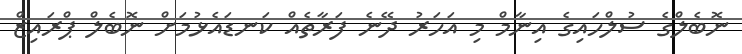
ނޮބެލްގެ ސުލްހައިގެ އިނާމް މި އަހަރު ދޭނެ ފަރާތެއް ކަނޑައެޅުމަށް ނޮބެލް ޕްރައިޒް